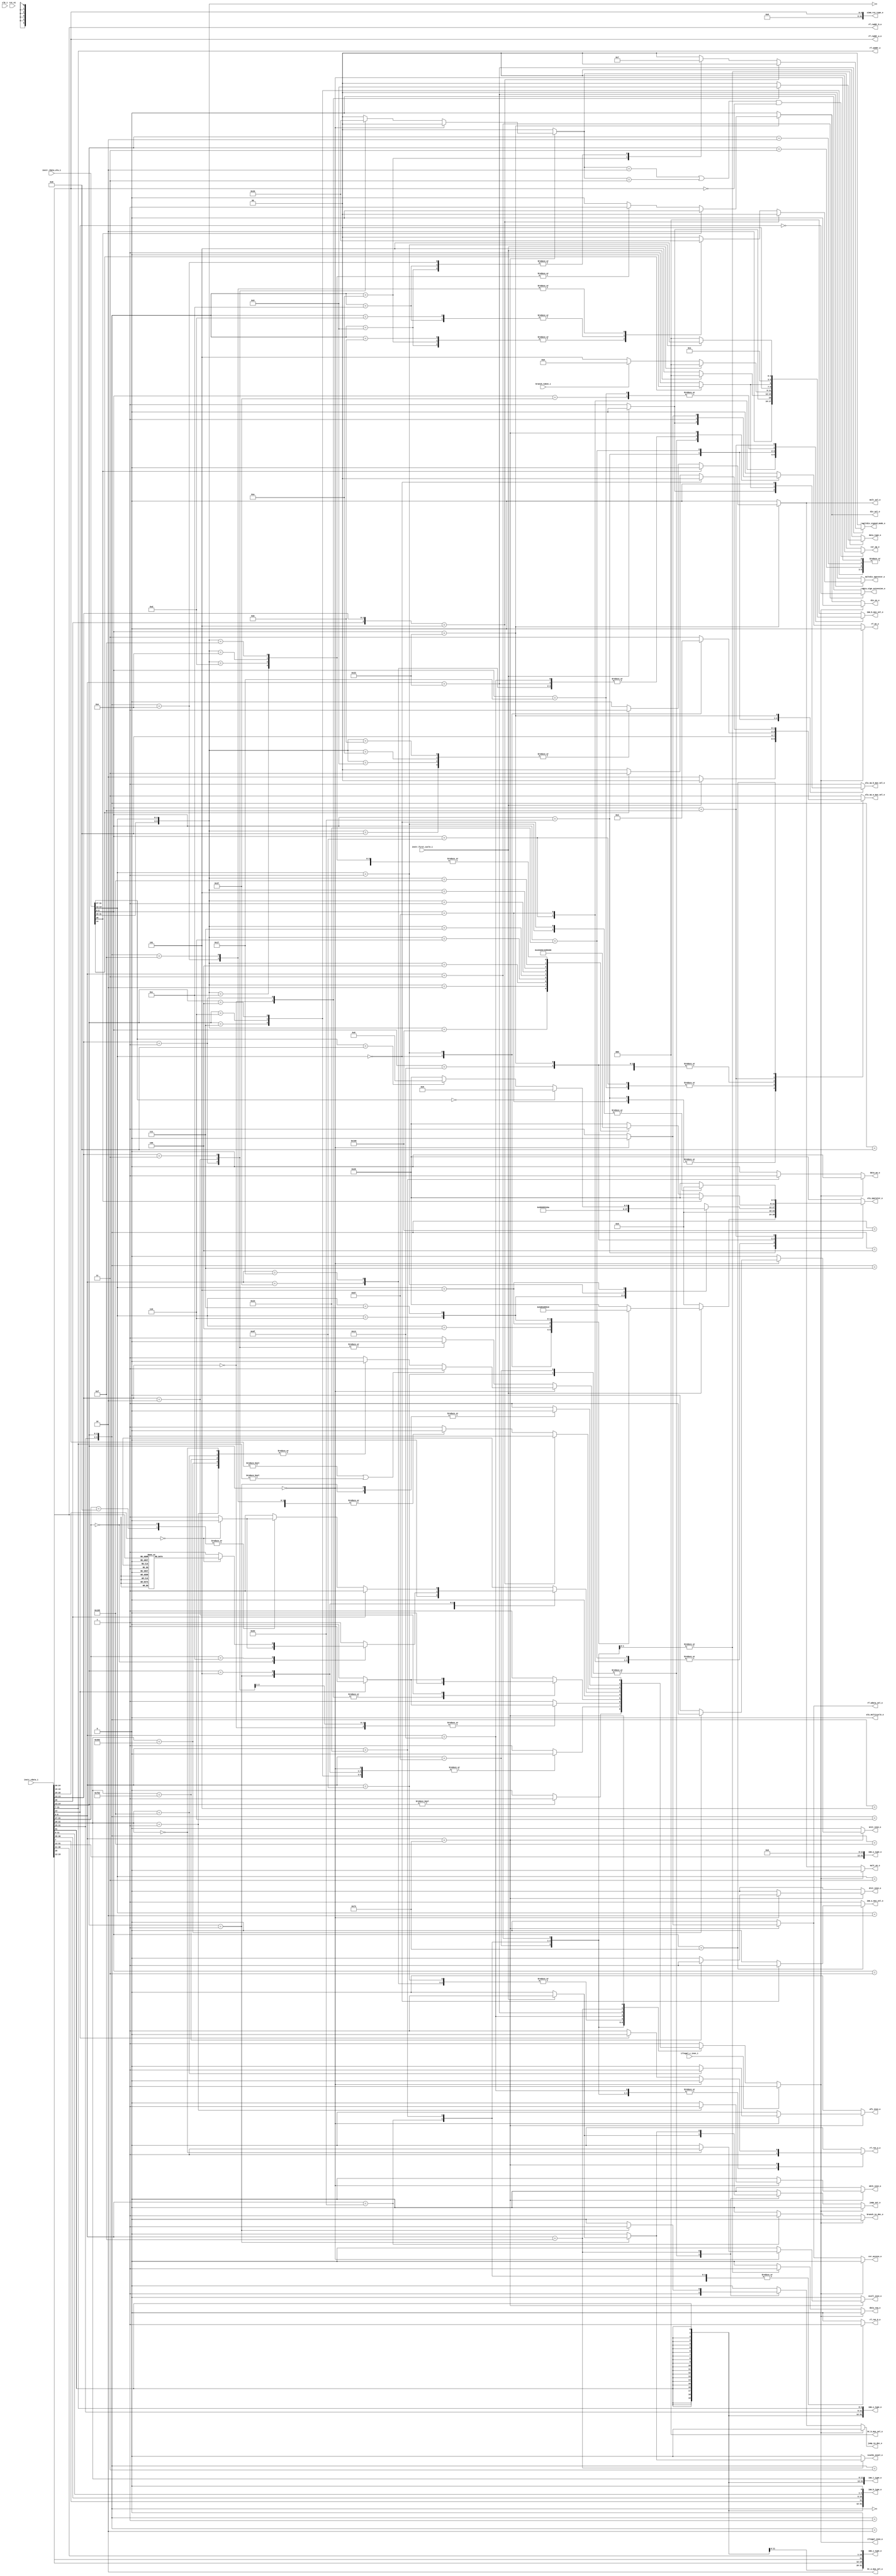
module ibex_decoder (
	clk_i,
	rst_ni,
	illegal_insn_o,
	ebrk_insn_o,
	mret_insn_o,
	dret_insn_o,
	ecall_insn_o,
	wfi_insn_o,
	jump_set_o,
	branch_taken_i,
	icache_inval_o,
	instr_first_cycle_i,
	instr_rdata_i,
	instr_rdata_alu_i,
	illegal_c_insn_i,
	imm_a_mux_sel_o,
	imm_b_mux_sel_o,
	bt_a_mux_sel_o,
	bt_b_mux_sel_o,
	imm_i_type_o,
	imm_s_type_o,
	imm_b_type_o,
	imm_u_type_o,
	imm_j_type_o,
	zimm_rs1_type_o,
	rf_wdata_sel_o,
	rf_we_o,
	rf_raddr_a_o,
	rf_raddr_b_o,
	rf_waddr_o,
	rf_ren_a_o,
	rf_ren_b_o,
	alu_operator_o,
	alu_op_a_mux_sel_o,
	alu_op_b_mux_sel_o,
	alu_multicycle_o,
	mult_en_o,
	div_en_o,
	mult_sel_o,
	div_sel_o,
	multdiv_operator_o,
	multdiv_signed_mode_o,
	csr_access_o,
	csr_op_o,
	data_req_o,
	data_we_o,
	data_type_o,
	data_sign_extension_o,
	jump_in_dec_o,
	branch_in_dec_o
);
	parameter [0:0] RV32E = 0;
	parameter integer RV32M = 32'sd2;
	parameter integer RV32B = 32'sd0;
	parameter [0:0] BranchTargetALU = 0;
	input wire clk_i;
	input wire rst_ni;
	output wire illegal_insn_o;
	output reg ebrk_insn_o;
	output reg mret_insn_o;
	output reg dret_insn_o;
	output reg ecall_insn_o;
	output reg wfi_insn_o;
	output reg jump_set_o;
	input wire branch_taken_i;
	output reg icache_inval_o;
	input wire instr_first_cycle_i;
	input wire [31:0] instr_rdata_i;
	input wire [31:0] instr_rdata_alu_i;
	input wire illegal_c_insn_i;
	output reg imm_a_mux_sel_o;
	output reg [2:0] imm_b_mux_sel_o;
	output reg [1:0] bt_a_mux_sel_o;
	output reg [2:0] bt_b_mux_sel_o;
	output wire [31:0] imm_i_type_o;
	output wire [31:0] imm_s_type_o;
	output wire [31:0] imm_b_type_o;
	output wire [31:0] imm_u_type_o;
	output wire [31:0] imm_j_type_o;
	output wire [31:0] zimm_rs1_type_o;
	output reg rf_wdata_sel_o;
	output wire rf_we_o;
	output wire [4:0] rf_raddr_a_o;
	output wire [4:0] rf_raddr_b_o;
	output wire [4:0] rf_waddr_o;
	output reg rf_ren_a_o;
	output reg rf_ren_b_o;
	output reg [5:0] alu_operator_o;
	output reg [1:0] alu_op_a_mux_sel_o;
	output reg alu_op_b_mux_sel_o;
	output reg alu_multicycle_o;
	output wire mult_en_o;
	output wire div_en_o;
	output reg mult_sel_o;
	output reg div_sel_o;
	output reg [1:0] multdiv_operator_o;
	output reg [1:0] multdiv_signed_mode_o;
	output reg csr_access_o;
	output reg [1:0] csr_op_o;
	output reg data_req_o;
	output reg data_we_o;
	output reg [1:0] data_type_o;
	output reg data_sign_extension_o;
	output reg jump_in_dec_o;
	output reg branch_in_dec_o;
	reg illegal_insn;
	wire illegal_reg_rv32e;
	reg csr_illegal;
	reg rf_we;
	wire [31:0] instr;
	wire [31:0] instr_alu;
	wire [9:0] unused_instr_alu;
	wire [4:0] instr_rs1;
	wire [4:0] instr_rs2;
	wire [4:0] instr_rs3;
	wire [4:0] instr_rd;
	reg use_rs3_d;
	reg use_rs3_q;
	reg [1:0] csr_op;
	reg [6:0] opcode;
	reg [6:0] opcode_alu;
	assign instr = instr_rdata_i;
	assign instr_alu = instr_rdata_alu_i;
	assign imm_i_type_o = {{20 {instr[31]}}, instr[31:20]};
	assign imm_s_type_o = {{20 {instr[31]}}, instr[31:25], instr[11:7]};
	assign imm_b_type_o = {{19 {instr[31]}}, instr[31], instr[7], instr[30:25], instr[11:8], 1'b0};
	assign imm_u_type_o = {instr[31:12], 12'b000000000000};
	assign imm_j_type_o = {{12 {instr[31]}}, instr[19:12], instr[20], instr[30:21], 1'b0};
	assign zimm_rs1_type_o = {27'b000000000000000000000000000, instr_rs1};
	generate
		if (RV32B != 32'sd0) begin : gen_rs3_flop
			always @(posedge clk_i or negedge rst_ni)
				if (!rst_ni)
					use_rs3_q <= 1'b0;
				else
					use_rs3_q <= use_rs3_d;
		end
		else begin : gen_no_rs3_flop
			wire unused_clk;
			wire unused_rst_n;
			assign unused_clk = clk_i;
			assign unused_rst_n = rst_ni;
			wire [1:1] sv2v_tmp_44B6F;
			assign sv2v_tmp_44B6F = use_rs3_d;
			always @(*) use_rs3_q = sv2v_tmp_44B6F;
		end
	endgenerate
	assign instr_rs1 = instr[19:15];
	assign instr_rs2 = instr[24:20];
	assign instr_rs3 = instr[31:27];
	assign rf_raddr_a_o = (use_rs3_q & ~instr_first_cycle_i ? instr_rs3 : instr_rs1);
	assign rf_raddr_b_o = instr_rs2;
	assign instr_rd = instr[11:7];
	assign rf_waddr_o = instr_rd;
	generate
		if (RV32E) begin : gen_rv32e_reg_check_active
			assign illegal_reg_rv32e = ((rf_raddr_a_o[4] & (alu_op_a_mux_sel_o == 2'd0)) | (rf_raddr_b_o[4] & (alu_op_b_mux_sel_o == 1'd0))) | (rf_waddr_o[4] & rf_we);
		end
		else begin : gen_rv32e_reg_check_inactive
			assign illegal_reg_rv32e = 1'b0;
		end
	endgenerate
	always @(*) begin : csr_operand_check
		csr_op_o = csr_op;
		if (((csr_op == 2'd2) || (csr_op == 2'd3)) && (instr_rs1 == {5 {1'sb0}}))
			csr_op_o = 2'd0;
	end
	always @(*) begin
		jump_in_dec_o = 1'b0;
		jump_set_o = 1'b0;
		branch_in_dec_o = 1'b0;
		icache_inval_o = 1'b0;
		multdiv_operator_o = 2'd0;
		multdiv_signed_mode_o = 2'b00;
		rf_wdata_sel_o = 1'd0;
		rf_we = 1'b0;
		rf_ren_a_o = 1'b0;
		rf_ren_b_o = 1'b0;
		csr_access_o = 1'b0;
		csr_illegal = 1'b0;
		csr_op = 2'd0;
		data_we_o = 1'b0;
		data_type_o = 2'b00;
		data_sign_extension_o = 1'b0;
		data_req_o = 1'b0;
		illegal_insn = 1'b0;
		ebrk_insn_o = 1'b0;
		mret_insn_o = 1'b0;
		dret_insn_o = 1'b0;
		ecall_insn_o = 1'b0;
		wfi_insn_o = 1'b0;
		opcode = instr[6:0];
		case (opcode)
			7'h6f: begin
				jump_in_dec_o = 1'b1;
				if (instr_first_cycle_i) begin
					rf_we = BranchTargetALU;
					jump_set_o = 1'b1;
				end
				else
					rf_we = 1'b1;
			end
			7'h67: begin
				jump_in_dec_o = 1'b1;
				if (instr_first_cycle_i) begin
					rf_we = BranchTargetALU;
					jump_set_o = 1'b1;
				end
				else
					rf_we = 1'b1;
				if (instr[14:12] != 3'b000)
					illegal_insn = 1'b1;
				rf_ren_a_o = 1'b1;
			end
			7'h63: begin
				branch_in_dec_o = 1'b1;
				case (instr[14:12])
					3'b000, 3'b001, 3'b100, 3'b101, 3'b110, 3'b111: illegal_insn = 1'b0;
					default: illegal_insn = 1'b1;
				endcase
				rf_ren_a_o = 1'b1;
				rf_ren_b_o = 1'b1;
			end
			7'h23: begin
				rf_ren_a_o = 1'b1;
				rf_ren_b_o = 1'b1;
				data_req_o = 1'b1;
				data_we_o = 1'b1;
				if (instr[14])
					illegal_insn = 1'b1;
				case (instr[13:12])
					2'b00: data_type_o = 2'b10;
					2'b01: data_type_o = 2'b01;
					2'b10: data_type_o = 2'b00;
					default: illegal_insn = 1'b1;
				endcase
			end
			7'h03: begin
				rf_ren_a_o = 1'b1;
				data_req_o = 1'b1;
				data_type_o = 2'b00;
				data_sign_extension_o = ~instr[14];
				case (instr[13:12])
					2'b00: data_type_o = 2'b10;
					2'b01: data_type_o = 2'b01;
					2'b10: begin
						data_type_o = 2'b00;
						if (instr[14])
							illegal_insn = 1'b1;
					end
					default: illegal_insn = 1'b1;
				endcase
			end
			7'h37: rf_we = 1'b1;
			7'h17: rf_we = 1'b1;
			7'h13: begin
				rf_ren_a_o = 1'b1;
				rf_we = 1'b1;
				case (instr[14:12])
					3'b000, 3'b010, 3'b011, 3'b100, 3'b110, 3'b111: illegal_insn = 1'b0;
					3'b001:
						case (instr[31:27])
							5'b00000: illegal_insn = (instr[26:25] == 2'b00 ? 1'b0 : 1'b1);
							5'b00100, 5'b01001, 5'b00101, 5'b01101: illegal_insn = (RV32B != 32'sd0 ? 1'b0 : 1'b1);
							5'b00001:
								if (instr[26] == 1'b0)
									illegal_insn = (RV32B == 32'sd2 ? 1'b0 : 1'b1);
								else
									illegal_insn = 1'b1;
							5'b01100:
								case (instr[26:20])
									7'b0000000, 7'b0000001, 7'b0000010, 7'b0000100, 7'b0000101: illegal_insn = (RV32B != 32'sd0 ? 1'b0 : 1'b1);
									7'b0010000, 7'b0010001, 7'b0010010, 7'b0011000, 7'b0011001, 7'b0011010: illegal_insn = (RV32B == 32'sd2 ? 1'b0 : 1'b1);
									default: illegal_insn = 1'b1;
								endcase
							default: illegal_insn = 1'b1;
						endcase
					3'b101:
						if (instr[26])
							illegal_insn = (RV32B != 32'sd0 ? 1'b0 : 1'b1);
						else
							case (instr[31:27])
								5'b00000, 5'b01000: illegal_insn = (instr[26:25] == 2'b00 ? 1'b0 : 1'b1);
								5'b00100, 5'b01100, 5'b01001: illegal_insn = (RV32B != 32'sd0 ? 1'b0 : 1'b1);
								5'b01101:
									if (RV32B == 32'sd2)
										illegal_insn = 1'b0;
									else
										case (instr[24:20])
											5'b11111, 5'b11000: illegal_insn = (RV32B == 32'sd1 ? 1'b0 : 1'b1);
											default: illegal_insn = 1'b1;
										endcase
								5'b00101:
									if (RV32B == 32'sd2)
										illegal_insn = 1'b0;
									else if (instr[24:20] == 5'b00111)
										illegal_insn = (RV32B == 32'sd1 ? 1'b0 : 1'b1);
									else
										illegal_insn = 1'b1;
								5'b00001:
									if (instr[26] == 1'b0)
										illegal_insn = (RV32B == 32'sd2 ? 1'b0 : 1'b1);
									else
										illegal_insn = 1'b1;
								default: illegal_insn = 1'b1;
							endcase
					default: illegal_insn = 1'b1;
				endcase
			end
			7'h33: begin
				rf_ren_a_o = 1'b1;
				rf_ren_b_o = 1'b1;
				rf_we = 1'b1;
				if ({instr[26], instr[13:12]} == 3'b101)
					illegal_insn = (RV32B != 32'sd0 ? 1'b0 : 1'b1);
				else
					case ({instr[31:25], instr[14:12]})
						10'b0000000000, 10'b0100000000, 10'b0000000010, 10'b0000000011, 10'b0000000100, 10'b0000000110, 10'b0000000111, 10'b0000000001, 10'b0000000101, 10'b0100000101: illegal_insn = 1'b0;
						10'b0100000111, 10'b0100000110, 10'b0100000100, 10'b0010000001, 10'b0010000101, 10'b0110000001, 10'b0110000101, 10'b0000101100, 10'b0000101101, 10'b0000101110, 10'b0000101111, 10'b0000100100, 10'b0100100100, 10'b0000100111, 10'b0100100001, 10'b0010100001, 10'b0110100001, 10'b0100100101, 10'b0100100111: illegal_insn = (RV32B != 32'sd0 ? 1'b0 : 1'b1);
						10'b0100100110, 10'b0000100110, 10'b0110100101, 10'b0010100101, 10'b0000100001, 10'b0000100101, 10'b0000101001, 10'b0000101010, 10'b0000101011: illegal_insn = (RV32B == 32'sd2 ? 1'b0 : 1'b1);
						10'b0000001000: begin
							multdiv_operator_o = 2'd0;
							multdiv_signed_mode_o = 2'b00;
							illegal_insn = (RV32M == 32'sd0 ? 1'b1 : 1'b0);
						end
						10'b0000001001: begin
							multdiv_operator_o = 2'd1;
							multdiv_signed_mode_o = 2'b11;
							illegal_insn = (RV32M == 32'sd0 ? 1'b1 : 1'b0);
						end
						10'b0000001010: begin
							multdiv_operator_o = 2'd1;
							multdiv_signed_mode_o = 2'b01;
							illegal_insn = (RV32M == 32'sd0 ? 1'b1 : 1'b0);
						end
						10'b0000001011: begin
							multdiv_operator_o = 2'd1;
							multdiv_signed_mode_o = 2'b00;
							illegal_insn = (RV32M == 32'sd0 ? 1'b1 : 1'b0);
						end
						10'b0000001100: begin
							multdiv_operator_o = 2'd2;
							multdiv_signed_mode_o = 2'b11;
							illegal_insn = (RV32M == 32'sd0 ? 1'b1 : 1'b0);
						end
						10'b0000001101: begin
							multdiv_operator_o = 2'd2;
							multdiv_signed_mode_o = 2'b00;
							illegal_insn = (RV32M == 32'sd0 ? 1'b1 : 1'b0);
						end
						10'b0000001110: begin
							multdiv_operator_o = 2'd3;
							multdiv_signed_mode_o = 2'b11;
							illegal_insn = (RV32M == 32'sd0 ? 1'b1 : 1'b0);
						end
						10'b0000001111: begin
							multdiv_operator_o = 2'd3;
							multdiv_signed_mode_o = 2'b00;
							illegal_insn = (RV32M == 32'sd0 ? 1'b1 : 1'b0);
						end
						default: illegal_insn = 1'b1;
					endcase
			end
			7'h0f:
				case (instr[14:12])
					3'b000: rf_we = 1'b0;
					3'b001: begin
						jump_in_dec_o = 1'b1;
						rf_we = 1'b0;
						if (instr_first_cycle_i) begin
							jump_set_o = 1'b1;
							icache_inval_o = 1'b1;
						end
					end
					default: illegal_insn = 1'b1;
				endcase
			7'h73:
				if (instr[14:12] == 3'b000) begin
					case (instr[31:20])
						12'h000: ecall_insn_o = 1'b1;
						12'h001: ebrk_insn_o = 1'b1;
						12'h302: mret_insn_o = 1'b1;
						12'h7b2: dret_insn_o = 1'b1;
						12'h105: wfi_insn_o = 1'b1;
						default: illegal_insn = 1'b1;
					endcase
					if ((instr_rs1 != 5'b00000) || (instr_rd != 5'b00000))
						illegal_insn = 1'b1;
				end
				else begin
					csr_access_o = 1'b1;
					rf_wdata_sel_o = 1'd1;
					rf_we = 1'b1;
					if (~instr[14])
						rf_ren_a_o = 1'b1;
					case (instr[13:12])
						2'b01: csr_op = 2'd1;
						2'b10: csr_op = 2'd2;
						2'b11: csr_op = 2'd3;
						default: csr_illegal = 1'b1;
					endcase
					illegal_insn = csr_illegal;
				end
			default: illegal_insn = 1'b1;
		endcase
		if (illegal_c_insn_i)
			illegal_insn = 1'b1;
		if (illegal_insn) begin
			rf_we = 1'b0;
			data_req_o = 1'b0;
			data_we_o = 1'b0;
			jump_in_dec_o = 1'b0;
			jump_set_o = 1'b0;
			branch_in_dec_o = 1'b0;
			csr_access_o = 1'b0;
		end
	end
	always @(*) begin
		alu_operator_o = 6'd38;
		alu_op_a_mux_sel_o = 2'd3;
		alu_op_b_mux_sel_o = 1'd1;
		imm_a_mux_sel_o = 1'd1;
		imm_b_mux_sel_o = 3'd0;
		bt_a_mux_sel_o = 2'd2;
		bt_b_mux_sel_o = 3'd0;
		opcode_alu = instr_alu[6:0];
		use_rs3_d = 1'b0;
		alu_multicycle_o = 1'b0;
		mult_sel_o = 1'b0;
		div_sel_o = 1'b0;
		case (opcode_alu)
			7'h6f: begin
				if (BranchTargetALU) begin
					bt_a_mux_sel_o = 2'd2;
					bt_b_mux_sel_o = 3'd4;
				end
				if (instr_first_cycle_i && !BranchTargetALU) begin
					alu_op_a_mux_sel_o = 2'd2;
					alu_op_b_mux_sel_o = 1'd1;
					imm_b_mux_sel_o = 3'd4;
					alu_operator_o = 6'd0;
				end
				else begin
					alu_op_a_mux_sel_o = 2'd2;
					alu_op_b_mux_sel_o = 1'd1;
					imm_b_mux_sel_o = 3'd5;
					alu_operator_o = 6'd0;
				end
			end
			7'h67: begin
				if (BranchTargetALU) begin
					bt_a_mux_sel_o = 2'd0;
					bt_b_mux_sel_o = 3'd0;
				end
				if (instr_first_cycle_i && !BranchTargetALU) begin
					alu_op_a_mux_sel_o = 2'd0;
					alu_op_b_mux_sel_o = 1'd1;
					imm_b_mux_sel_o = 3'd0;
					alu_operator_o = 6'd0;
				end
				else begin
					alu_op_a_mux_sel_o = 2'd2;
					alu_op_b_mux_sel_o = 1'd1;
					imm_b_mux_sel_o = 3'd5;
					alu_operator_o = 6'd0;
				end
			end
			7'h63: begin
				case (instr_alu[14:12])
					3'b000: alu_operator_o = 6'd23;
					3'b001: alu_operator_o = 6'd24;
					3'b100: alu_operator_o = 6'd19;
					3'b101: alu_operator_o = 6'd21;
					3'b110: alu_operator_o = 6'd20;
					3'b111: alu_operator_o = 6'd22;
					default:
						;
				endcase
				if (BranchTargetALU) begin
					bt_a_mux_sel_o = 2'd2;
					bt_b_mux_sel_o = (branch_taken_i ? 3'd2 : 3'd5);
				end
				if (instr_first_cycle_i) begin
					alu_op_a_mux_sel_o = 2'd0;
					alu_op_b_mux_sel_o = 1'd0;
				end
				else if (!BranchTargetALU) begin
					alu_op_a_mux_sel_o = 2'd2;
					alu_op_b_mux_sel_o = 1'd1;
					imm_b_mux_sel_o = (branch_taken_i ? 3'd2 : 3'd5);
					alu_operator_o = 6'd0;
				end
			end
			7'h23: begin
				alu_op_a_mux_sel_o = 2'd0;
				alu_op_b_mux_sel_o = 1'd0;
				alu_operator_o = 6'd0;
				if (!instr_alu[14]) begin
					imm_b_mux_sel_o = 3'd1;
					alu_op_b_mux_sel_o = 1'd1;
				end
			end
			7'h03: begin
				alu_op_a_mux_sel_o = 2'd0;
				alu_operator_o = 6'd0;
				alu_op_b_mux_sel_o = 1'd1;
				imm_b_mux_sel_o = 3'd0;
			end
			7'h37: begin
				alu_op_a_mux_sel_o = 2'd3;
				alu_op_b_mux_sel_o = 1'd1;
				imm_a_mux_sel_o = 1'd1;
				imm_b_mux_sel_o = 3'd3;
				alu_operator_o = 6'd0;
			end
			7'h17: begin
				alu_op_a_mux_sel_o = 2'd2;
				alu_op_b_mux_sel_o = 1'd1;
				imm_b_mux_sel_o = 3'd3;
				alu_operator_o = 6'd0;
			end
			7'h13: begin
				alu_op_a_mux_sel_o = 2'd0;
				alu_op_b_mux_sel_o = 1'd1;
				imm_b_mux_sel_o = 3'd0;
				case (instr_alu[14:12])
					3'b000: alu_operator_o = 6'd0;
					3'b010: alu_operator_o = 6'd37;
					3'b011: alu_operator_o = 6'd38;
					3'b100: alu_operator_o = 6'd2;
					3'b110: alu_operator_o = 6'd3;
					3'b111: alu_operator_o = 6'd4;
					3'b001:
						if (RV32B != 32'sd0)
							case (instr_alu[31:27])
								5'b00000: alu_operator_o = 6'd10;
								5'b00100: alu_operator_o = 6'd12;
								5'b01001: alu_operator_o = 6'd44;
								5'b00101: alu_operator_o = 6'd43;
								5'b01101: alu_operator_o = 6'd45;
								5'b00001:
									if (instr_alu[26] == 0)
										alu_operator_o = 6'd17;
								5'b01100:
									case (instr_alu[26:20])
										7'b0000000: alu_operator_o = 6'd34;
										7'b0000001: alu_operator_o = 6'd35;
										7'b0000010: alu_operator_o = 6'd36;
										7'b0000100: alu_operator_o = 6'd32;
										7'b0000101: alu_operator_o = 6'd33;
										7'b0010000:
											if (RV32B == 32'sd2) begin
												alu_operator_o = 6'd53;
												alu_multicycle_o = 1'b1;
											end
										7'b0010001:
											if (RV32B == 32'sd2) begin
												alu_operator_o = 6'd55;
												alu_multicycle_o = 1'b1;
											end
										7'b0010010:
											if (RV32B == 32'sd2) begin
												alu_operator_o = 6'd57;
												alu_multicycle_o = 1'b1;
											end
										7'b0011000:
											if (RV32B == 32'sd2) begin
												alu_operator_o = 6'd54;
												alu_multicycle_o = 1'b1;
											end
										7'b0011001:
											if (RV32B == 32'sd2) begin
												alu_operator_o = 6'd56;
												alu_multicycle_o = 1'b1;
											end
										7'b0011010:
											if (RV32B == 32'sd2) begin
												alu_operator_o = 6'd58;
												alu_multicycle_o = 1'b1;
											end
										default:
											;
									endcase
								default:
									;
							endcase
						else
							alu_operator_o = 6'd10;
					3'b101:
						if (RV32B != 32'sd0) begin
							if (instr_alu[26] == 1'b1) begin
								alu_operator_o = 6'd42;
								alu_multicycle_o = 1'b1;
								if (instr_first_cycle_i)
									use_rs3_d = 1'b1;
								else
									use_rs3_d = 1'b0;
							end
							else
								case (instr_alu[31:27])
									5'b00000: alu_operator_o = 6'd9;
									5'b01000: alu_operator_o = 6'd8;
									5'b00100: alu_operator_o = 6'd11;
									5'b01001: alu_operator_o = 6'd46;
									5'b01100: begin
										alu_operator_o = 6'd13;
										alu_multicycle_o = 1'b1;
									end
									5'b01101: alu_operator_o = 6'd15;
									5'b00101: alu_operator_o = 6'd16;
									5'b00001:
										if (RV32B == 32'sd2)
											if (instr_alu[26] == 1'b0)
												alu_operator_o = 6'd18;
									default:
										;
								endcase
						end
						else if (instr_alu[31:27] == 5'b00000)
							alu_operator_o = 6'd9;
						else if (instr_alu[31:27] == 5'b01000)
							alu_operator_o = 6'd8;
					default:
						;
				endcase
			end
			7'h33: begin
				alu_op_a_mux_sel_o = 2'd0;
				alu_op_b_mux_sel_o = 1'd0;
				if (instr_alu[26]) begin
					if (RV32B != 32'sd0)
						case ({instr_alu[26:25], instr_alu[14:12]})
							5'b11001: begin
								alu_operator_o = 6'd40;
								alu_multicycle_o = 1'b1;
								if (instr_first_cycle_i)
									use_rs3_d = 1'b1;
								else
									use_rs3_d = 1'b0;
							end
							5'b11101: begin
								alu_operator_o = 6'd39;
								alu_multicycle_o = 1'b1;
								if (instr_first_cycle_i)
									use_rs3_d = 1'b1;
								else
									use_rs3_d = 1'b0;
							end
							5'b10001: begin
								alu_operator_o = 6'd41;
								alu_multicycle_o = 1'b1;
								if (instr_first_cycle_i)
									use_rs3_d = 1'b1;
								else
									use_rs3_d = 1'b0;
							end
							5'b10101: begin
								alu_operator_o = 6'd42;
								alu_multicycle_o = 1'b1;
								if (instr_first_cycle_i)
									use_rs3_d = 1'b1;
								else
									use_rs3_d = 1'b0;
							end
							default:
								;
						endcase
				end
				else
					case ({instr_alu[31:25], instr_alu[14:12]})
						10'b0000000000: alu_operator_o = 6'd0;
						10'b0100000000: alu_operator_o = 6'd1;
						10'b0000000010: alu_operator_o = 6'd37;
						10'b0000000011: alu_operator_o = 6'd38;
						10'b0000000100: alu_operator_o = 6'd2;
						10'b0000000110: alu_operator_o = 6'd3;
						10'b0000000111: alu_operator_o = 6'd4;
						10'b0000000001: alu_operator_o = 6'd10;
						10'b0000000101: alu_operator_o = 6'd9;
						10'b0100000101: alu_operator_o = 6'd8;
						10'b0010000001:
							if (RV32B != 32'sd0)
								alu_operator_o = 6'd12;
						10'b0010000101:
							if (RV32B != 32'sd0)
								alu_operator_o = 6'd11;
						10'b0110000001:
							if (RV32B != 32'sd0) begin
								alu_operator_o = 6'd14;
								alu_multicycle_o = 1'b1;
							end
						10'b0110000101:
							if (RV32B != 32'sd0) begin
								alu_operator_o = 6'd13;
								alu_multicycle_o = 1'b1;
							end
						10'b0000101100:
							if (RV32B != 32'sd0)
								alu_operator_o = 6'd25;
						10'b0000101101:
							if (RV32B != 32'sd0)
								alu_operator_o = 6'd27;
						10'b0000101110:
							if (RV32B != 32'sd0)
								alu_operator_o = 6'd26;
						10'b0000101111:
							if (RV32B != 32'sd0)
								alu_operator_o = 6'd28;
						10'b0000100100:
							if (RV32B != 32'sd0)
								alu_operator_o = 6'd29;
						10'b0100100100:
							if (RV32B != 32'sd0)
								alu_operator_o = 6'd30;
						10'b0000100111:
							if (RV32B != 32'sd0)
								alu_operator_o = 6'd31;
						10'b0100000100:
							if (RV32B != 32'sd0)
								alu_operator_o = 6'd5;
						10'b0100000110:
							if (RV32B != 32'sd0)
								alu_operator_o = 6'd6;
						10'b0100000111:
							if (RV32B != 32'sd0)
								alu_operator_o = 6'd7;
						10'b0100100001:
							if (RV32B != 32'sd0)
								alu_operator_o = 6'd44;
						10'b0010100001:
							if (RV32B != 32'sd0)
								alu_operator_o = 6'd43;
						10'b0110100001:
							if (RV32B != 32'sd0)
								alu_operator_o = 6'd45;
						10'b0100100101:
							if (RV32B != 32'sd0)
								alu_operator_o = 6'd46;
						10'b0100100111:
							if (RV32B != 32'sd0)
								alu_operator_o = 6'd49;
						10'b0110100101:
							if (RV32B != 32'sd0)
								alu_operator_o = 6'd15;
						10'b0010100101:
							if (RV32B != 32'sd0)
								alu_operator_o = 6'd16;
						10'b0000100001:
							if (RV32B == 32'sd2)
								alu_operator_o = 6'd17;
						10'b0000100101:
							if (RV32B == 32'sd2)
								alu_operator_o = 6'd18;
						10'b0000101001:
							if (RV32B == 32'sd2)
								alu_operator_o = 6'd50;
						10'b0000101010:
							if (RV32B == 32'sd2)
								alu_operator_o = 6'd51;
						10'b0000101011:
							if (RV32B == 32'sd2)
								alu_operator_o = 6'd52;
						10'b0100100110:
							if (RV32B == 32'sd2) begin
								alu_operator_o = 6'd48;
								alu_multicycle_o = 1'b1;
							end
						10'b0000100110:
							if (RV32B == 32'sd2) begin
								alu_operator_o = 6'd47;
								alu_multicycle_o = 1'b1;
							end
						10'b0000001000: begin
							alu_operator_o = 6'd0;
							mult_sel_o = (RV32M == 32'sd0 ? 1'b0 : 1'b1);
						end
						10'b0000001001: begin
							alu_operator_o = 6'd0;
							mult_sel_o = (RV32M == 32'sd0 ? 1'b0 : 1'b1);
						end
						10'b0000001010: begin
							alu_operator_o = 6'd0;
							mult_sel_o = (RV32M == 32'sd0 ? 1'b0 : 1'b1);
						end
						10'b0000001011: begin
							alu_operator_o = 6'd0;
							mult_sel_o = (RV32M == 32'sd0 ? 1'b0 : 1'b1);
						end
						10'b0000001100: begin
							alu_operator_o = 6'd0;
							div_sel_o = (RV32M == 32'sd0 ? 1'b0 : 1'b1);
						end
						10'b0000001101: begin
							alu_operator_o = 6'd0;
							div_sel_o = (RV32M == 32'sd0 ? 1'b0 : 1'b1);
						end
						10'b0000001110: begin
							alu_operator_o = 6'd0;
							div_sel_o = (RV32M == 32'sd0 ? 1'b0 : 1'b1);
						end
						10'b0000001111: begin
							alu_operator_o = 6'd0;
							div_sel_o = (RV32M == 32'sd0 ? 1'b0 : 1'b1);
						end
						default:
							;
					endcase
			end
			7'h0f:
				case (instr_alu[14:12])
					3'b000: begin
						alu_operator_o = 6'd0;
						alu_op_a_mux_sel_o = 2'd0;
						alu_op_b_mux_sel_o = 1'd1;
					end
					3'b001:
						if (BranchTargetALU) begin
							bt_a_mux_sel_o = 2'd2;
							bt_b_mux_sel_o = 3'd5;
						end
						else begin
							alu_op_a_mux_sel_o = 2'd2;
							alu_op_b_mux_sel_o = 1'd1;
							imm_b_mux_sel_o = 3'd5;
							alu_operator_o = 6'd0;
						end
					default:
						;
				endcase
			7'h73:
				if (instr_alu[14:12] == 3'b000) begin
					alu_op_a_mux_sel_o = 2'd0;
					alu_op_b_mux_sel_o = 1'd1;
				end
				else begin
					alu_op_b_mux_sel_o = 1'd1;
					imm_a_mux_sel_o = 1'd0;
					imm_b_mux_sel_o = 3'd0;
					if (instr_alu[14])
						alu_op_a_mux_sel_o = 2'd3;
					else
						alu_op_a_mux_sel_o = 2'd0;
				end
			default:
				;
		endcase
	end
	assign mult_en_o = (illegal_insn ? 1'b0 : mult_sel_o);
	assign div_en_o = (illegal_insn ? 1'b0 : div_sel_o);
	assign illegal_insn_o = illegal_insn | illegal_reg_rv32e;
	assign rf_we_o = rf_we & ~illegal_reg_rv32e;
	assign unused_instr_alu = {instr_alu[19:15], instr_alu[11:7]};
endmodule